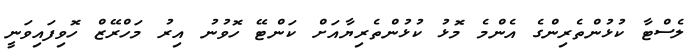
ލެސްޓާ ކުޅުންތެރިންގެ އެންމެ މޮޅު ކުޅުންތެރިޔާއަށް ކަންޓޭ ހޮވުނު އިރު މަހްރޭޒް ހޮވިފައިވަނީ